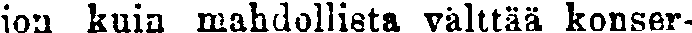
jon kuin mahdollista välttää konser-